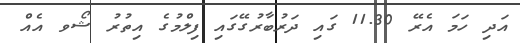
އަދި ހަމަ އެރޭ 11.30 ގައި ދަރުބާރުގޭގައި ފިލްމުގެ އިތުރު ޝޯވ އެއް